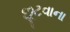
છૂટવાના